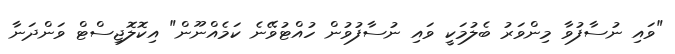
"ވައި ނުސާފުވާ މިންވަރު ބެލުމަކީ ވައި ނުސާފުވުން ހުއްޓުވޭނެ ކަމެއްނޫން" އިކޮލޮޖިސްޓް ވަންދަނާ